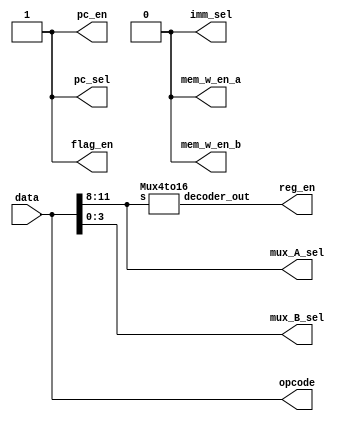


module FSM(data, opcode, mux_A_sel, mux_B_sel, pc_sel, imm_sel, mem_w_en_a, mem_w_en_b, reg_en, flag_en, pc_en);

	input [15:0] data;
	output reg [15:0] opcode, reg_en;
	output reg [3:0] mux_A_sel, mux_B_sel;
	output reg pc_sel, imm_sel, mem_w_en_a, mem_w_en_b, flag_en, pc_en;
	
	wire [15:0] mux_out;
	

//	
//	RegBank regFile(AluBus, r0, r1, r2, r3, r4, r5, r6, r7, r8, r9, r10, r11, r12, r13, r14, r15, RegEnable, Clk, Reset);
//
//	RegMux muxA(r0, r1, r2, r3, r4, r5, r6, r7, r8, r9, r10, r11, r12, r13, r14, r15, Opcode[11:8], muxAout);
//
//	RegMux muxB(r0, r1, r2, r3, r4, r5, r6, r7, r8, r9, r10, r11, r12, r13, r14, r15, Opcode[3:0], muxBout);
//
//	ALU alu(muxAout, muxBout, Opcode, Flags, Cin, ALUbus);
//	
//	Memory mem(data_a, data_b, addr_a, addr_b, we_a, we_b, clk, mem_out_a, mem_out_b);
//	
//	ProgramCounter pc(clk, reset, pc_en, pc_ld, pc_in, pc_out);

	initial
	begin
		pc_sel = 1'b1; // TODO modify depending on state
		imm_sel = 1'b0; // TODO modify depending on state
		mem_w_en_a = 1'b0; // TODO modify depending on state
		mem_w_en_b = 1'b0; // TODO modify depending on state
		flag_en = 1'b1; // TODO modify depending on state
		pc_en = 1'b1; // TODO modify depending on state
	end
	
	// For reg to reg, data from memory is the opcode.
	always @ *
	begin
		opcode = data;
		mux_A_sel = opcode[11:8];
		mux_B_sel = opcode[3:0];
		
		reg_en = mux_out;
	end
	

	
	
	Mux4to16 regEnable(opcode[11:8], mux_out);


endmodule

module Mux4to16(s, decoder_out);

	input [3:0] s;
	output reg [15:0] decoder_out;
	
	always @ (s)
	begin
		case (s)
			4'h0 : decoder_out = 16'h0001;
			4'h1 : decoder_out = 16'h0002;
			4'h2 : decoder_out = 16'h0004;
			4'h3 : decoder_out = 16'h0008;
			4'h4 : decoder_out = 16'h0010;
			4'h5 : decoder_out = 16'h0020;
			4'h6 : decoder_out = 16'h0040;
			4'h7 : decoder_out = 16'h0080;
			4'h8 : decoder_out = 16'h0100;
			4'h9 : decoder_out = 16'h0200;
			4'hA : decoder_out = 16'h0400;
			4'hB : decoder_out = 16'h0800;
			4'hC : decoder_out = 16'h1000;
			4'hD : decoder_out = 16'h2000;
			4'hE : decoder_out = 16'h4000;
			4'hF : decoder_out = 16'h8000;
		endcase
	end
	
endmodule